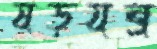
ষড়যন্ত্র